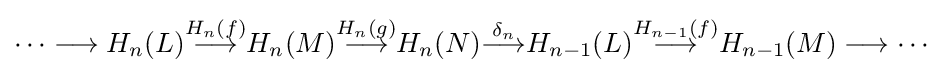
\cdots \longrightarrow H_{n}(L){\overset {H_{n}(f)}{\longrightarrow }}H_{n}(M){\overset {H_{n}(g)}{\longrightarrow }}H_{n}(N){\overset {\delta _{n}}{\longrightarrow }}H_{n-1}(L){\overset {H_{n-1}(f)}{\longrightarrow }}H_{n-1}(M)\longrightarrow \cdots